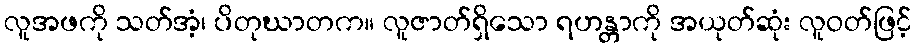
လူအဖကို သတ်အံ့၊ ပိတုဃာတက။ လူဇာတ်ရှိသော ရဟန္တာကို အယုတ်ဆုံး လူဝတ်ဖြင့်